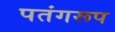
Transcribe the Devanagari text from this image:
पतंगरूप